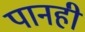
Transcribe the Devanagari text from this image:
पानही